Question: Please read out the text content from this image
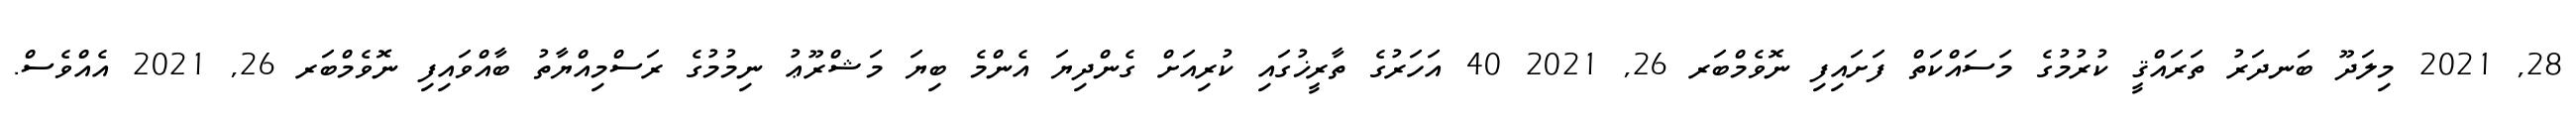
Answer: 28, 2021 މިލަދޫ ބަނދަރު ތަރައްޤީ ކުރުމުގެ މަސައްކަތް ފަށައިފި ނޮވެމްބަރ 26, 2021 40 އަހަރުގެ ތާރީޚުގައި ކުރިއަށް ގެންދިޔަ އެންމެ ބިޔަ މަޝްރޫޢު ނިމުމުގެ ރަސްމިއްޔާތު ބާއްވައިފި ނޮވެމްބަރ 26, 2021 އެއްވެސް.